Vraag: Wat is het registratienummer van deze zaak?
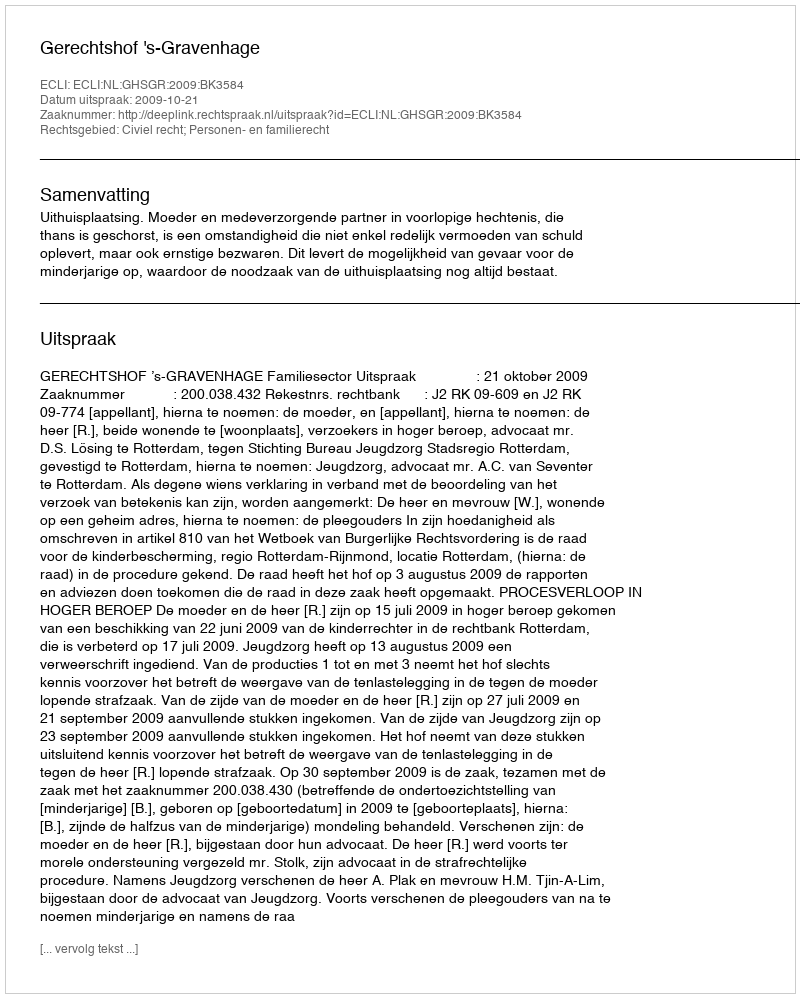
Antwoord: http://deeplink.rechtspraak.nl/uitspraak?id=ECLI:NL:GHSGR:2009:BK3584